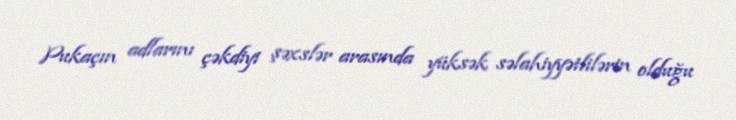
Pukaçın adlarını çəkdiyi şəxslər arasında yüksək səlahiyyətlilərin olduğu